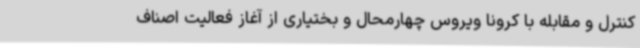
کنترل و مقابله با کرونا ویروس چهارمحال و بختیاری از آغاز فعالیت اصناف